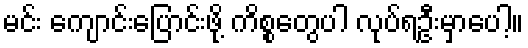
မင်း ကျောင်းပြောင်းဖို့ ကိစ္စတွေပါ လုပ်ရဦးမှာပေါ့။